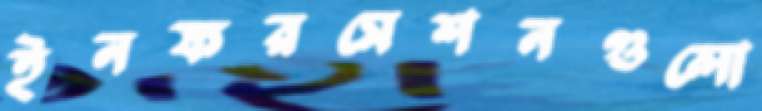
ইনফরমেশনগুলো